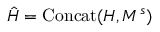
\hat { H } = \mathrm { C o n c a t } ( H , M ^ { s } )